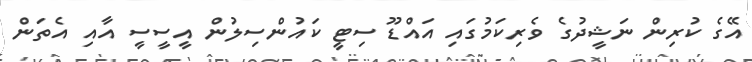
އޭގެ ކުރިން ނަޝީދުގެ ވެރިކަމުގައި އައްޑޫ ސިޓީ ކައުންސިލުން އީސީސީ އާއި އެތަން